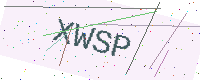
Text: XWSP